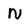
Character: N